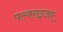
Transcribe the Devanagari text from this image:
पल्वराइजर